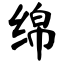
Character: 绵